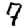
Digit: 7